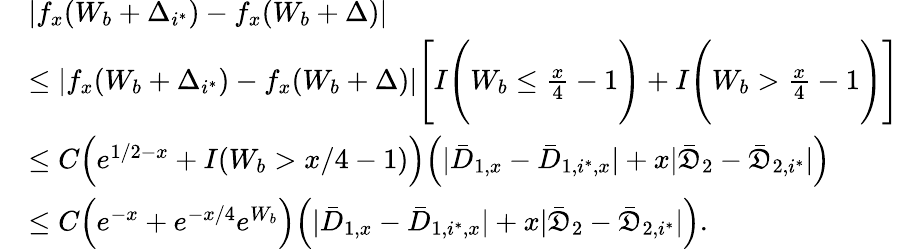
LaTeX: \begin{array}{rl}&{|f_{x}(W_{b}+\Delta_{i^{*}})-f_{x}(W_{b}+\Delta)|}\\ &{\leq|f_{x}(W_{b}+\Delta_{i^{*}})-f_{x}(W_{b}+\Delta)|\Bigg[I\Bigg(W_{b}\leq\frac{x}{4}-1\Bigg)+I\Bigg(W_{b}>\frac{x}{4}-1\Bigg)\Bigg]}\\ &{\leq C\Big(e^{1/2-x}+I(W_{b}>x/4-1)\Big)\Big(|\bar{D}_{1,x}-\bar{D}_{1,i^{*},x}|+x|\bar{\mathfrak{D}}_{2}-\bar{\mathfrak{D}}_{2,i^{*}}|\Big)}\\ &{\leq C\Big(e^{-x}+e^{-x/4}e^{W_{b}}\Big)\Big(|\bar{D}_{1,x}-\bar{D}_{1,i^{*},x}|+x|\bar{\mathfrak{D}}_{2}-\bar{\mathfrak{D}}_{2,i^{*}}|\Big).}\end{array}